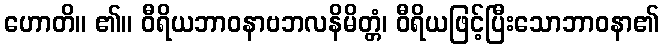
ဟောတိ။ ၏။ ဝီရိယဘာဝနာဗဘလနိမိတ္တံ၊ ဝီရိယဖြင့်ပြီးသောဘာဝနာ၏